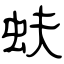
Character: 蚨